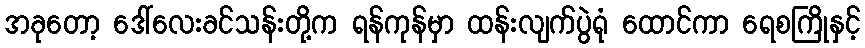
အခုတော့ ဒေါ်လေးခင်သန်းတို့က ရန်ကုန်မှာ ထန်းလျက်ပွဲရုံ ထောင်ကာ ရေစကြိုနှင့်